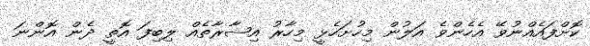
ކޮށްފައެއްނުވޭ އެހެންވެ އަލުން މިހުށަހެޅީ މިހާރު އިޝާރާތެއް ލިބިފަ އޮތީ ދެން އޮންނަ